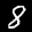
Label: 8